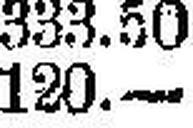
120.—